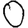
Digit: 0